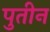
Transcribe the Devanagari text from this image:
पुतीन